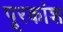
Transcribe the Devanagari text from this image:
पूरकांश